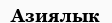
Азиялык